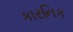
કારનિક